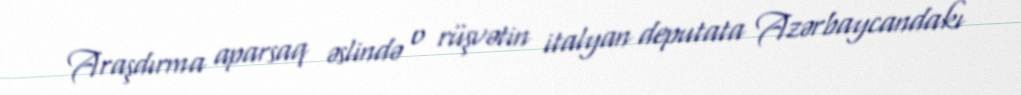
Araşdırma aparsaq əslində o rüşvətin italyan deputata Azərbaycandakı